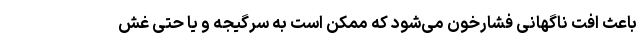
باعث افت ناگهانی فشارخون می‌شود که ممکن است به سرگیجه و یا حتی غش